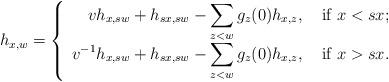
LaTeX: \begin{align*} h_{x,w} = \left\{ \begin{array}{rl} \displaystyle v h_{x,sw} + h_{sx,sw} - \sum_{z < w} g_{z}(0) h_{x,z} , & \mbox{ if } x<sx ; \\ \displaystyle v^{-1} h_{x,sw} + h_{sx,sw} - \sum_{z < w} g_{z}(0) h_{x,z}, & \mbox{ if } x>sx. \end{array} \right.\end{align*}